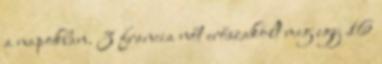
a na­pok­ban. 3 francia nőt erőszakolt meg egy 16